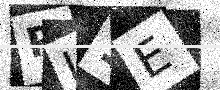
Text: RL1E